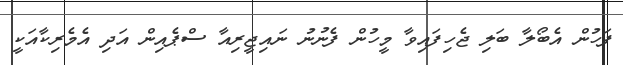
ފަހުން އެބޯލާ ބަލި ޖެހިފައިވާ މީހުން ފެނުނު ނައިޖީރިއާ ސްޕެއިން އަދި އެމެރިކާއަކީ